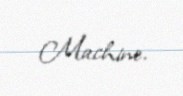
Machine.